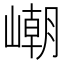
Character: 𡼼